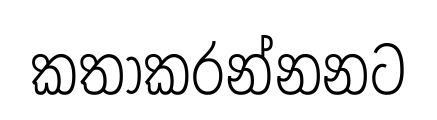
කතාකරන්නනට